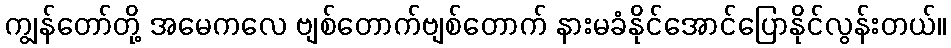
ကျွန်တော်တို့ အမေကလေ ဗျစ်တောက်ဗျစ်တောက် နားမခံနိုင်အောင်ပြောနိုင်လွန်းတယ်။